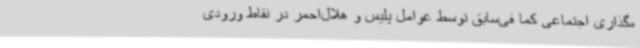
ه‌گذاری اجتماعی کما فی‌سابق توسط عوامل پلیس و هلال‌احمر در نقاط ورودی